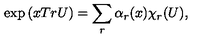
\exp \left( x T r U \right) = \sum _ { r } \alpha _ { r } ( x ) \chi _ { r } ( U ) ,